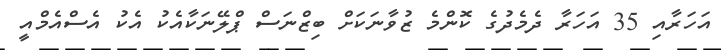
އަހަރާއި 35 އަހަރާ ދެމެދުގެ ކޮންމެ ޒުވާނަކަށް ބިޒްނަސް ޕްލޭނަކާއެކު އެކު އެސްއެމްއީ